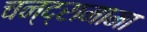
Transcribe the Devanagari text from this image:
चन्द्रामामा